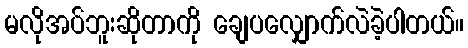
မလိုအပ်ဘူးဆိုတာကို ချေပလျှောက်လဲခဲ့ပါတယ်။